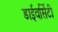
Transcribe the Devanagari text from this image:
डाईवर्सिटी